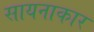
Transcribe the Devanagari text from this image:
सायनाकार